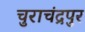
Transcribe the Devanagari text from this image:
चुराचंद्रपुर